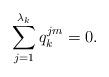
LaTeX: \begin{align*}\sum_{j=1}^{\lambda_k}q_k^{jm} = 0.\end{align*}